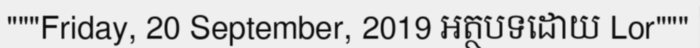
"""Friday, 20 September, 2019 អត្ថបទដោយ Lor"""